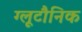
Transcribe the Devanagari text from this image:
ग्लूटौनिक